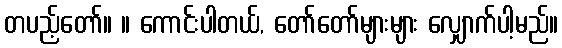
တပည့်တော်။ ။ ကောင်းပါတယ်, တော်တော်များများ လျှောက်ပါ့မည်။